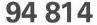
94 814